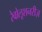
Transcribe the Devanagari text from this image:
रेवोलूशनरीज़